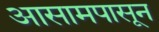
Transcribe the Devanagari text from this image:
आसामपासून